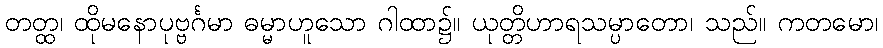
တတ္ထ၊ ထိုမနောပုဗ္ဗင်္ဂမာ ဓမ္မာဟူသော ဂါထာ၌။ ယုတ္တိဟာရသမ္ပာတော၊ သည်။ ကတမော၊